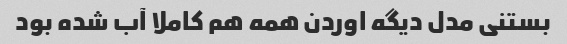
بستنی مدل دیگه اوردن همه هم کاملا آب شده بود